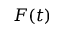
F ( t )